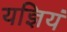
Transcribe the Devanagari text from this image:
यज्ञियं